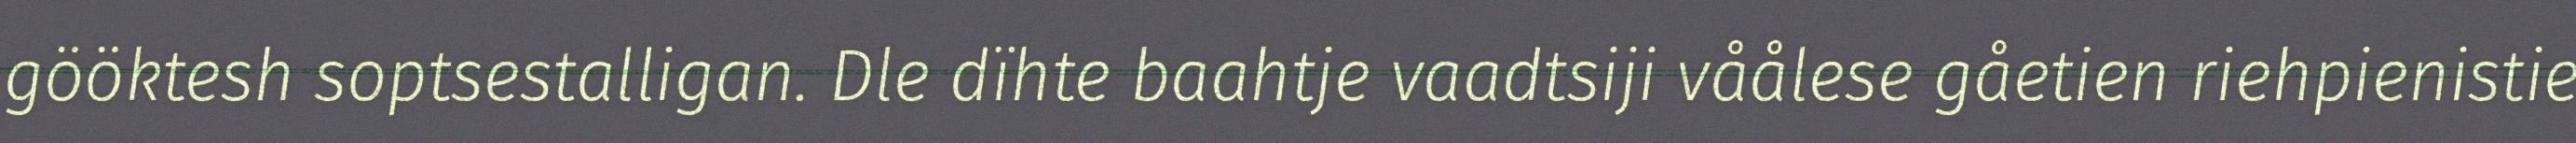
gööktesh soptsestalligan. Dle dïhte baahtje vaadtsiji våålese gåetien riehpienistie